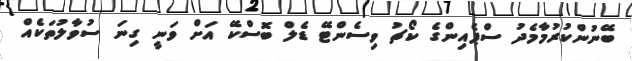
ބޭނުންކުރުމާމެދު ސްޕެއިންގެ ކޯޗު ވިސެންޓޭ ޑެލް ބޮސްކޭ އަށް ވަނީ ގިނަ ސުވާލުތަކެއް